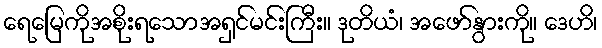
ရေမြေကိုအစိုးရသောအရှင်မင်းကြီး။ ဒုတိယံ၊ အဖော်နွားကို။ ဒေဟိ၊